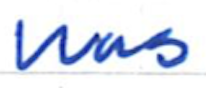
Text: was
Cross-out: clean
Writing tool: ballpoint